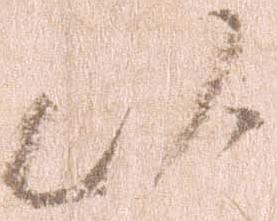
以